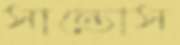
সান্তোস